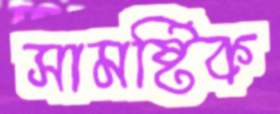
সামষ্টিক